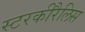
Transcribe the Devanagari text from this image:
स्टरकीरैलिस